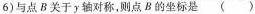
6)与点B关于y轴对称，则点B的坐标是 ( )